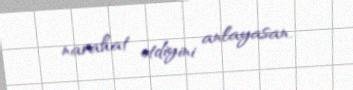
narahat etdiyini anlayasan.